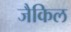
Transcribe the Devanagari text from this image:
जैकिल